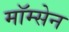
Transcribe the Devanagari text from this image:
मॉम्सेन